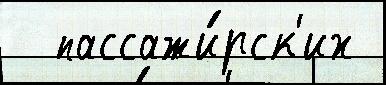
  пассажи́рск'их